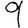
Digit: 9